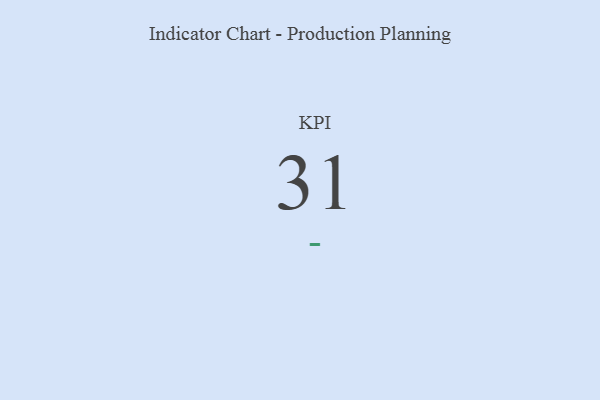
{"axis": {"x": "KPI", "y": "Value"}, "legend": [""], "data": [{"x": "KPI", "y": 31, "type": ""}]}